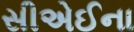
સીએઈના